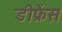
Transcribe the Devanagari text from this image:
डीफ्रेंस